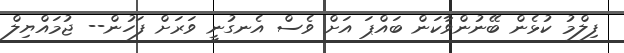
ފިލްމު ކުޅެން ބޭނުންވާކަން ބައްޕަ އަށް ވެސް އެނގުނީ ވަރަށް ފަހުން-- ޖުމައްޔިލް